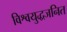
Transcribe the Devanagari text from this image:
विश्वयुद्धजनित